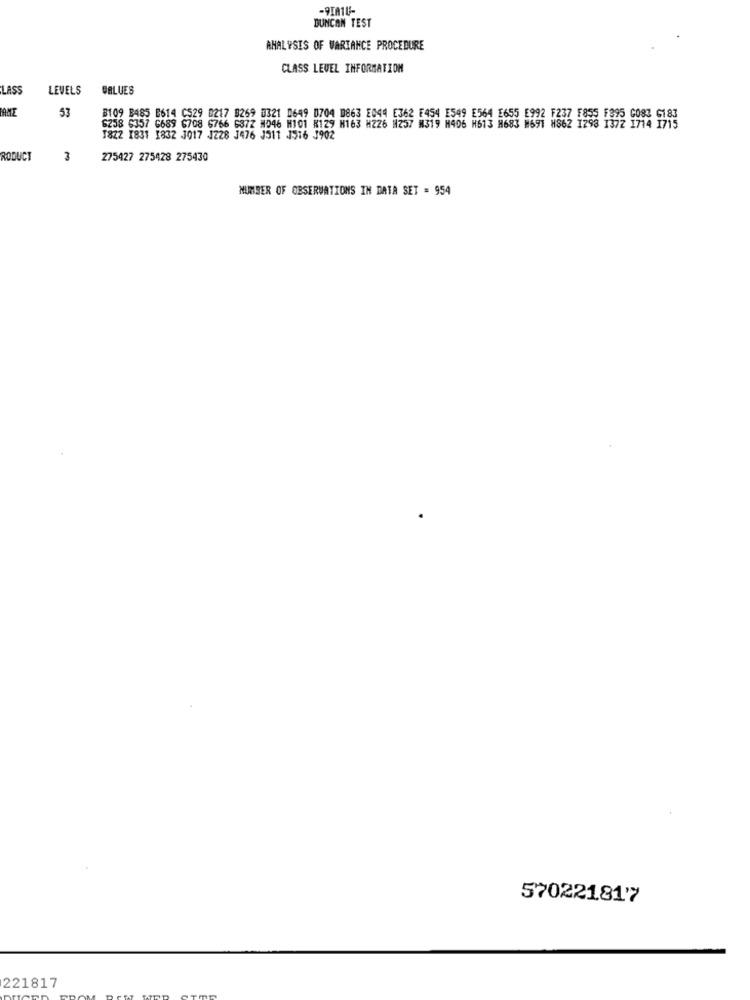
-9IA1U-
DUNCAN TEST
ANALYSIS OF VARIANCE PROCEDURE
CLASS LEVEL INFORMATION
LASS
LEVELS
VALUES
53
8109 8485 E614 C529 0217 8259 0321 0649 0704 0863 2044 E362 E454 1549 E564 1655 1992 1237 1955 1995 6083 6183
6238 5357 6689 6708 6766 6372 #246 H101 K129 N163 M226 N257 M319 H406 H613 H683 1691 H882 3
1822 1831 1832 3017 J228 J476 J511 1516 3902
RODUCT
3
275427 275428 275430
NUMBER OF OBSERVATIONS IN DATA SET = 954
57022181'7
221817